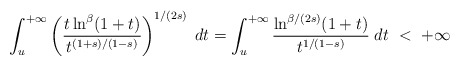
\begin{align*}\int_u^{+\infty}\left(\frac{t\ln^\beta(1+t)}{t^{(1+s)/(1-s)}}\right)^{1/(2s)}\;dt=\int_u^{+\infty}\frac{\ln^{\beta/(2s)}(1+t)}{t^{1/(1-s)}}\;dt\ <\ +\infty\end{align*}